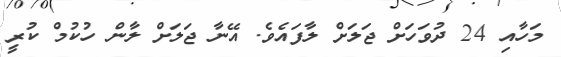
މަހާއި 24 ދުވަހަށް ޖަލަށް ލާފައެވެ. އޭނާ ޖަލަށް ލާން ހުކުމް ކުރީ